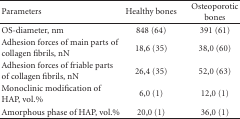
<table><thead><tr><td><b>Parameters</b></td><td><b>Healthy bones</b></td><td><b>Osteoporotic bones</b></td></tr></thead><tbody><tr><td>OS-diameter, nm</td><td>848 (64)</td><td>391 (61)</td></tr><tr><td>Adhesion forces of main parts of collagen fibrils, nN</td><td>18,6 (35)</td><td>38,0 (60)</td></tr><tr><td>Adhesion forces of friable parts of collagen fibrils, nN</td><td>26,4 (35)</td><td>52,0 (63)</td></tr><tr><td>Monoclinic modification of HAP, vol.%</td><td>6,0 (1)</td><td>12,0 (1)</td></tr><tr><td>Amorphous phase of HAP, vol.%</td><td>20,0 (1)</td><td>36,0 (1)</td></tr></tbody></table>